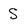
Character: S